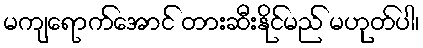
မကျရောက်အောင် တားဆီးနိုင်မည် မဟုတ်ပါ၊